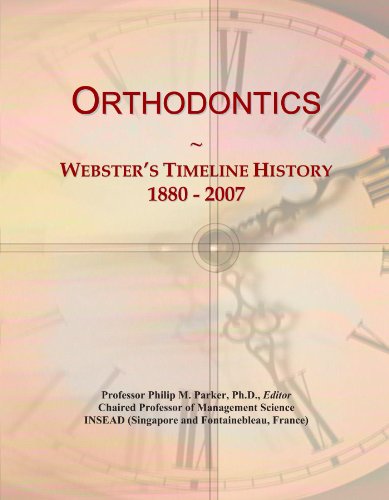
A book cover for Orthodontics: Webster's Timeline History, 1880 - 2007; Icon Group International; Medical Books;